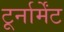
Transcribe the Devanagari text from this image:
टूर्नार्मेंट